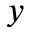
y